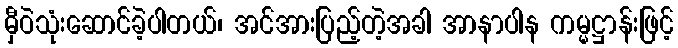
မှီဝဲသုံးဆောင်ခဲ့ပါတယ်၊ အင်အားပြည့်တဲ့အခါ အာနာပါန ကမ္မဋ္ဌာန်းဖြင့်